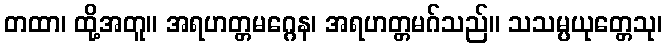
တထာ၊ ထို့အတူ။ အရဟတ္တမဂ္ဂေန၊ အရဟတ္တမဂ်သည်။ သသမ္ပယုတ္တေသု၊